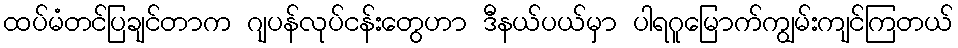
ထပ်မံတင်ပြချင်တာက ဂျပန်လုပ်ငန်းတွေဟာ ဒီနယ်ပယ်မှာ ပါရဂူမြောက်ကျွမ်းကျင်ကြတယ်